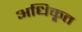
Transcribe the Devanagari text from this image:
अधिकृ्त